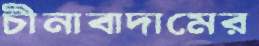
চীনাবাদামের